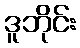
ဒူဘိုင်း